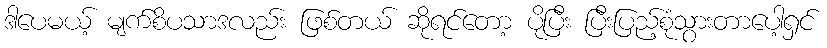
ဒါပေမယ့် မျက်စိပသာဒလည်း ဖြစ်တယ် ဆိုရင်တော့ ပိုပြီး ပြီးပြည့်စုံသွားတာပေါ့ရှင်